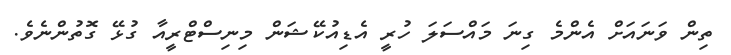
ތިން ވަނައަށް އެންމެ ގިނަ މައްސަލަ ހުރީ އެޑިއުކޭޝަން މިނިސްޓްރީއާ ގުޅޭ ގޮތުންނެވެ.